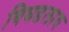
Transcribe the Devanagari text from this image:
बिघडलाय